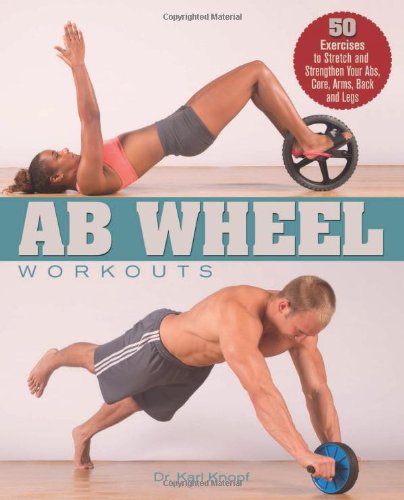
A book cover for Ab Wheel Workouts: 50 Exercises to Stretch and Strengthen Your Abs, Core, Arms, Back and Legs; Karl Knopf; Health, Fitness & Dieting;